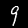
Digit: 9